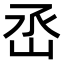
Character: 㞼